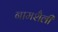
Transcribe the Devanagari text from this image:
नामशैली